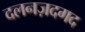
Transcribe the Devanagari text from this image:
दलनज़दगद